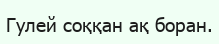
Гулей соққан ақ боран.